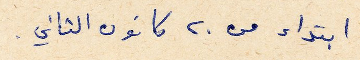
ابتداء من ٢٠ كانون الثاني.